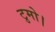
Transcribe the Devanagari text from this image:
टुमो।